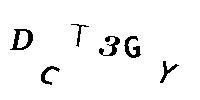
DCT3GY